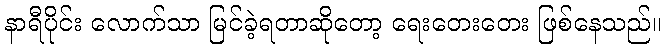
နာရီပိုင်း လောက်သာ မြင်ခဲ့ရတာဆိုတော့ ရေးတေးတေး ဖြစ်နေသည်။